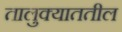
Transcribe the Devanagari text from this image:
तालुक्याततील